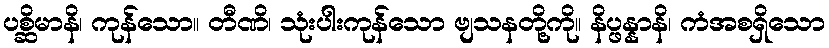
ပစ္ဆိမာနိ၊ ကုန်သော။ တီဏိ၊ သုံးပါးကုန်သော ဗျသနတို့ကို။ နိပ္ဖန္နာနိ၊ ကံအစရှိသော